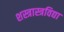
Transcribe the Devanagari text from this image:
शस्त्रास्त्रविद्या